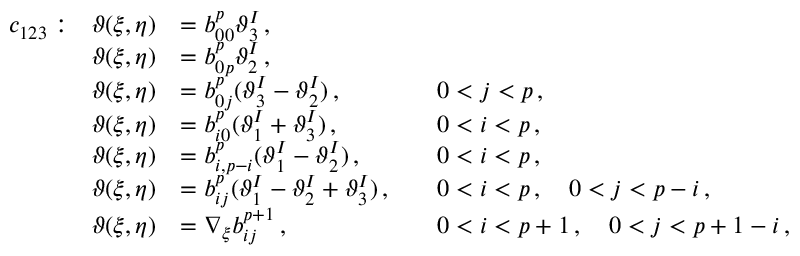
\begin{array} { r l r l r l } & { c _ { 1 2 3 } : } & { \boldsymbol { \vartheta } ( \xi , \eta ) } & { = b _ { 0 0 } ^ { p } \boldsymbol { \vartheta } _ { 3 } ^ { I } \, , } \\ & { } & { \boldsymbol { \vartheta } ( \xi , \eta ) } & { = b _ { 0 p } ^ { p } \boldsymbol { \vartheta } _ { 2 } ^ { I } \, , } \\ & { } & { \boldsymbol { \vartheta } ( \xi , \eta ) } & { = b _ { 0 j } ^ { p } ( \boldsymbol { \vartheta } _ { 3 } ^ { I } - \boldsymbol { \vartheta } _ { 2 } ^ { I } ) \, , } & & { 0 < j < p \, , } \\ & { } & { \boldsymbol { \vartheta } ( \xi , \eta ) } & { = b _ { i 0 } ^ { p } ( \boldsymbol { \vartheta } _ { 1 } ^ { I } + \boldsymbol { \vartheta } _ { 3 } ^ { I } ) \, , } & & { 0 < i < p \, , } \\ & { } & { \boldsymbol { \vartheta } ( \xi , \eta ) } & { = b _ { i , p - i } ^ { p } ( \boldsymbol { \vartheta } _ { 1 } ^ { I } - \boldsymbol { \vartheta } _ { 2 } ^ { I } ) \, , } & & { 0 < i < p \, , } \\ & { } & { \boldsymbol { \vartheta } ( \xi , \eta ) } & { = b _ { i j } ^ { p } ( \boldsymbol { \vartheta } _ { 1 } ^ { I } - \boldsymbol { \vartheta } _ { 2 } ^ { I } + \boldsymbol { \vartheta } _ { 3 } ^ { I } ) \, , } & & { 0 < i < p \, , \quad 0 < j < p - i \, , } \\ & { } & { \boldsymbol { \vartheta } ( \xi , \eta ) } & { = \nabla _ { \xi } b _ { i j } ^ { p + 1 } \, , } & & { 0 < i < p + 1 \, , \quad 0 < j < p + 1 - i \, , } \end{array}